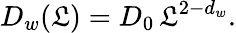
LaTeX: D_{w}(\mathfrak{L})=D_{0}\, \mathfrak{L}^{2-d_{w}}.